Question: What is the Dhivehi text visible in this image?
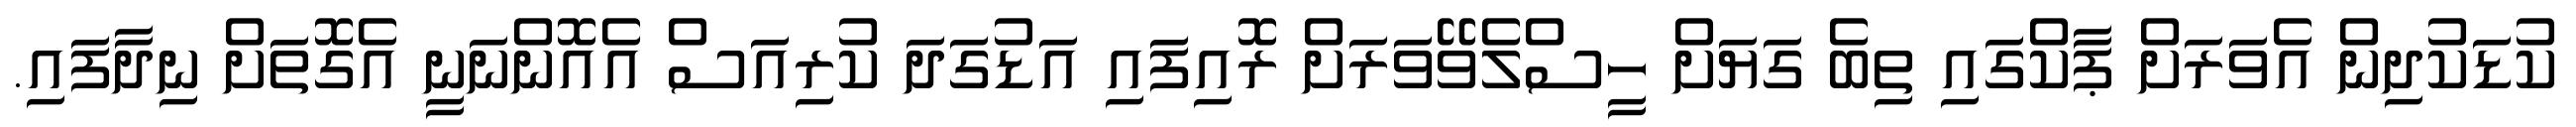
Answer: ކުޑަކުދިން އެވަރަށް ޕާކްގައި ތިބެ ގަޔަށް ހީސްލެވޭވަރަށް ރޮއިފައި އަޑުގަދަ ކުރިއަސް އެއޮންނަނީ އެގޮތަށް ނިދާފައި.